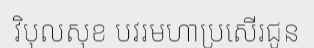
វិបុលសុខ បវរមហាប្រសើរជូន